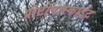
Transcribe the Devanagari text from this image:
प्रोटोपास्काईट